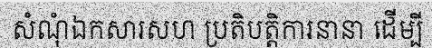
សំណុំឯកសារសហ ប្រតិបត្តិការនានា ដើម្បី